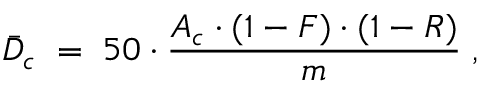
\bar { D } _ { c } \; = \; 5 0 \cdot \frac { A _ { c } \cdot ( 1 - F ) \cdot ( 1 - R ) } { m } \; ,